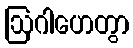
ဩဂါဟေတွာ